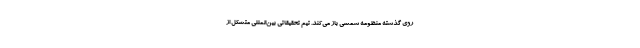
روی گذشته منظومه شمسی باز می‌کند. تیم تحقیقاتی بین‌المللی متشکل از